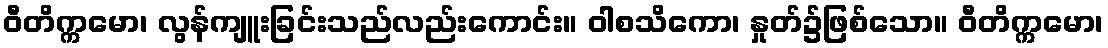
ဝီတိက္ကမော၊ လွန်ကျူးခြင်းသည်လည်းကောင်း။ ဝါစသိကော၊ နှုတ်၌ဖြစ်သော။ ဝီတိက္ကမော၊